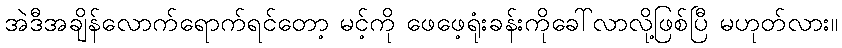
အဲဒီအချိန်လောက်ရောက်ရင်တော့ မင့်ကို ဖေဖေ့ရုံးခန်းကိုခေါ်လာလို့ဖြစ်ပြီ မဟုတ်လား။